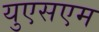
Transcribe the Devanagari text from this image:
युएसएम